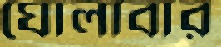
ঘোলাবার